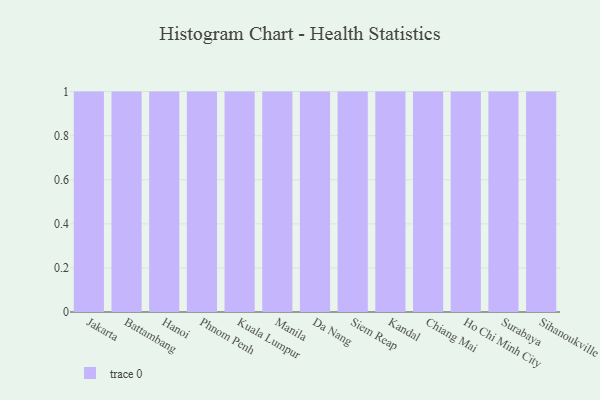
{"axis": {"x": "City", "y": "Conversion Rate (%)"}, "legend": [""], "data": [{"x": "Jakarta", "y": 36, "type": ""}, {"x": "Battambang", "y": 78, "type": ""}, {"x": "Hanoi", "y": 45, "type": ""}, {"x": "Phnom Penh", "y": 16, "type": ""}, {"x": "Kuala Lumpur", "y": 66, "type": ""}, {"x": "Manila", "y": 1, "type": ""}, {"x": "Da Nang", "y": 94, "type": ""}, {"x": "Siem Reap", "y": 13, "type": ""}, {"x": "Kandal", "y": 54, "type": ""}, {"x": "Chiang Mai", "y": 35, "type": ""}, {"x": "Ho Chi Minh City", "y": 19, "type": ""}, {"x": "Surabaya", "y": 2, "type": ""}, {"x": "Sihanoukville", "y": 68, "type": ""}]}